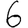
Digit: 6